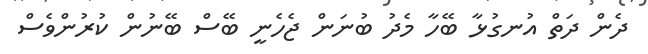
ދެން ދަތް އުނގުޅާ ބޭހާ މެދު ބުނަން ޖެހެނީ ބޭސް ބޭނުން ކުރުންވެސް